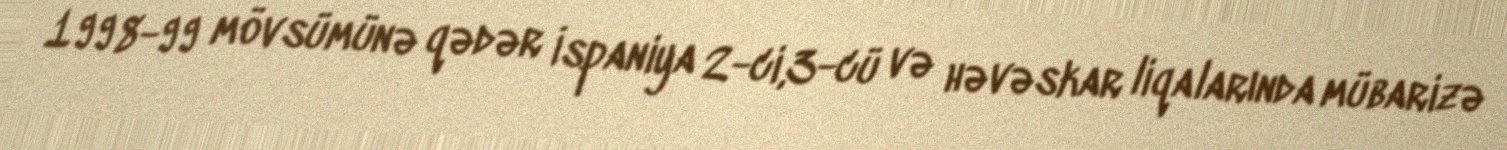
1998-99 mövsümünə qədər İspaniya 2-ci,3-cü və həvəskar liqalarında mübarizə